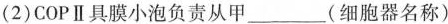
(2)COPⅡ具膜小泡负责从甲_____(细胞器名称)